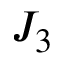
J _ { 3 }